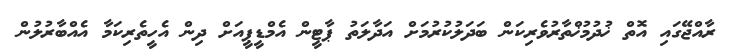
ރާއްޖޭގައި އޮތް ޚުދުމުޚްތާރުވެރިކަން ބަދަލުކުރުމަށް އަދާލަތު ޕާޓީން އެމްޑީޕީއަށް ދިން އެހީތެރިކަމާ އެއްބާރުލުން